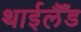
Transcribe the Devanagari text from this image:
थाईलैँड